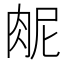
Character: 𫆜